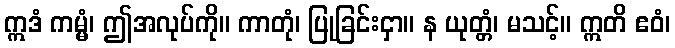
ဣဒံ ကမ္မံ၊ ဤအလုပ်ကို။ ကာတုံ၊ ပြုခြင်းငှာ။ န ယုတ္တံ၊ မသင့်။ ဣတိ ဧဝံ၊